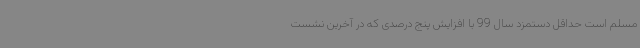
مسلم است حداقل دستمزد سال 99 با افزایش پنج درصدی که در آخرین نشست